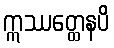
ဣဿတ္ထေနပိ